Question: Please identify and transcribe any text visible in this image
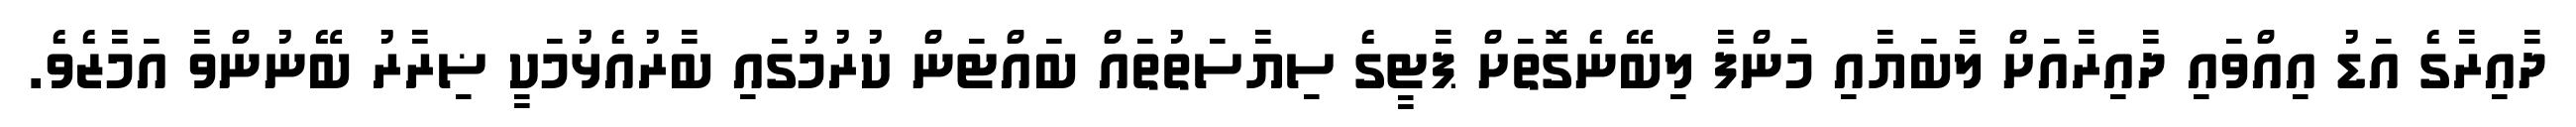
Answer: ދާއިރާގެ އަޑު އިއްވައި ދާއިރާއަށް ލާބަޔާއި މަންފާ ލިބޭނެގޮތަށް ޕާޓީގެ ސިޔާސަތުތައް ބައްޓަން ކުރުމުގައި ބާރުއެޅުމަކީ ޟިރާރު ބޭނުންވާ އަމާޒެވެ.